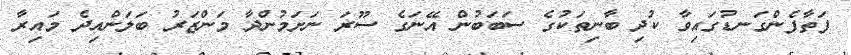
ފަތާފެންގަނޑުގައިވާ ކުދި ބާނިތަކުގެ ސަބަބުން އޭނަގެ ސޫރަ ނަށަމުންދާ މަންޒަރު ބަލަންއިދެ މައިރާ